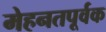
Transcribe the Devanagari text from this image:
मेहनतपूर्वक